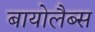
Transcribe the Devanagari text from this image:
बायोलैब्स